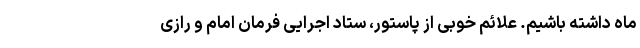
ماه داشته باشیم. علائم خوبی از پاستور، ستاد اجرایی فرمان امام و رازی